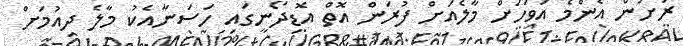
ރަށުން އެންމެ އަވަހަށް މާލެއަށް ފުރަން އޮތް އޮޑިދޯނީގައި ހަސަނާއެކު މާލެ ދިއުމަށް